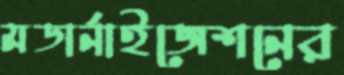
মডার্নাইজেশনের